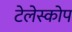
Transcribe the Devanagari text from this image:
टेलेस्कोप